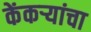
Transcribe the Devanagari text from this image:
केंकर्‍यांचा